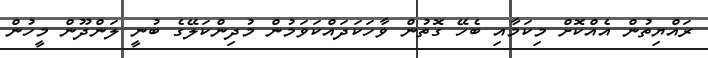
ރައްޔިތުން އެއްކޮށް މިކަމާއި ބެހޭ ގޮތުން ވާހަކަދައްކަވަމުން މުދިންކަލޭގެ ބުނީ ލަންދޫން މީހުން